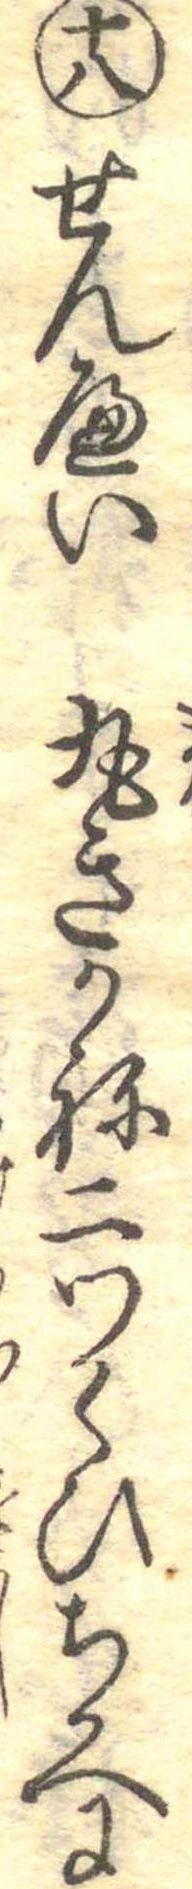
十八せんへい丸きかね二ツくひちかへに